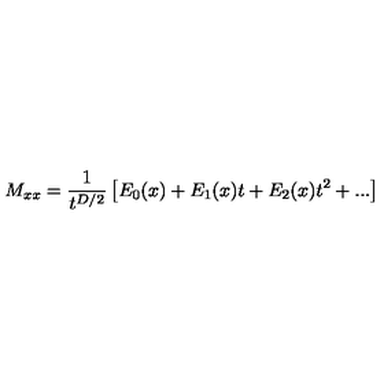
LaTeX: M _ { x x } = { \frac { 1 } { t ^ { D / 2 } } } \left[ E _ { 0 } ( x ) + E _ { 1 } ( x ) t + E _ { 2 } ( x ) t ^ { 2 } + . . . \right]